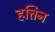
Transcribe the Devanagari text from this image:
हत्तिन